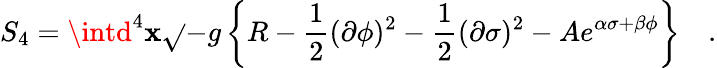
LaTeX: S_{4}=\intd^{4}\mathbf{x}\sqrt{}{{-g}}\left\{ R-\frac{{1}}{{2}}(\partial\phi)^{2}-\frac{{1}}{{2}}(\partial\sigma)^{2}-Ae^{\alpha\sigma+\beta\phi}\right\} \quad.